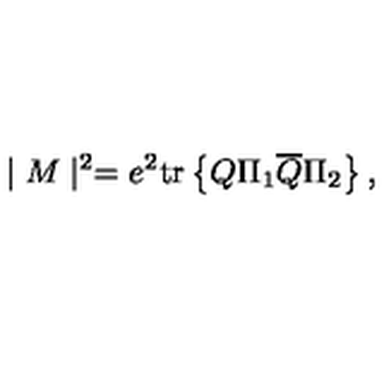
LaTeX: \mid M \mid ^ { 2 } = e ^ { 2 } \mathrm { t r } \left\{ Q \Pi _ { 1 } \overline { { Q } } \Pi _ { 2 } \right\} ,